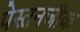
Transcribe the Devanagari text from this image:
पेस्तनजीक